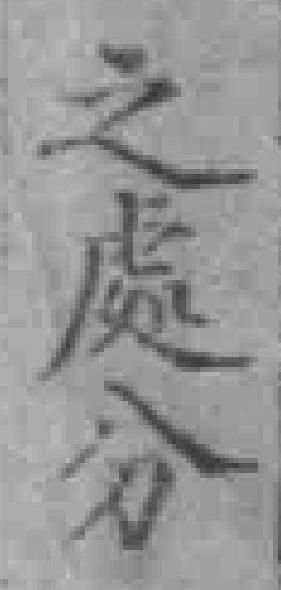
之處分